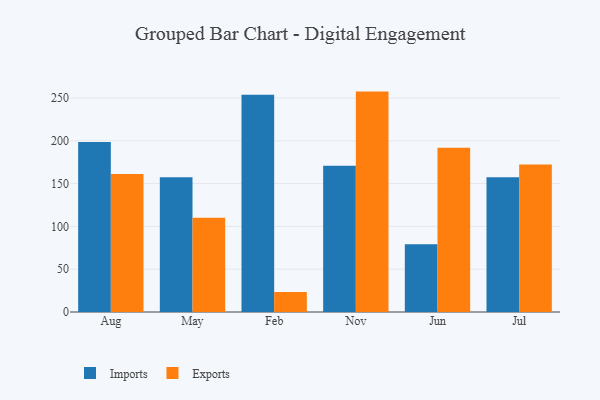
{"axis": {"x": "Month", "y": "Revenue (USD Million)"}, "legend": ["Exports", "Imports"], "data": [{"x": "Aug", "y": 198.6, "type": "Imports"}, {"x": "Aug", "y": 161.3, "type": "Exports"}, {"x": "May", "y": 157.3, "type": "Imports"}, {"x": "May", "y": 110.1, "type": "Exports"}, {"x": "Feb", "y": 253.9, "type": "Imports"}, {"x": "Feb", "y": 23.5, "type": "Exports"}, {"x": "Nov", "y": 171.0, "type": "Imports"}, {"x": "Nov", "y": 257.5, "type": "Exports"}, {"x": "Jun", "y": 79.1, "type": "Imports"}, {"x": "Jun", "y": 191.9, "type": "Exports"}, {"x": "Jul", "y": 157.4, "type": "Imports"}, {"x": "Jul", "y": 172.2, "type": "Exports"}]}